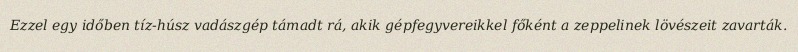
Ezzel egy időben tíz-húsz vadászgép támadt rá, akik gépfegyvereikkel főként a zeppelinek lövészeit zavarták.